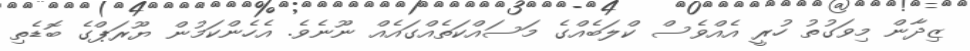
ޒިދާން މިވަގުތު ހުރީ އެއްވެސް ކްލަބެއްގެ މަސައްކަތެއްގައެއް ނޫނެވެ. އެހެންކަމުން ޔޫރަޕްގެ ބޮޑެތި